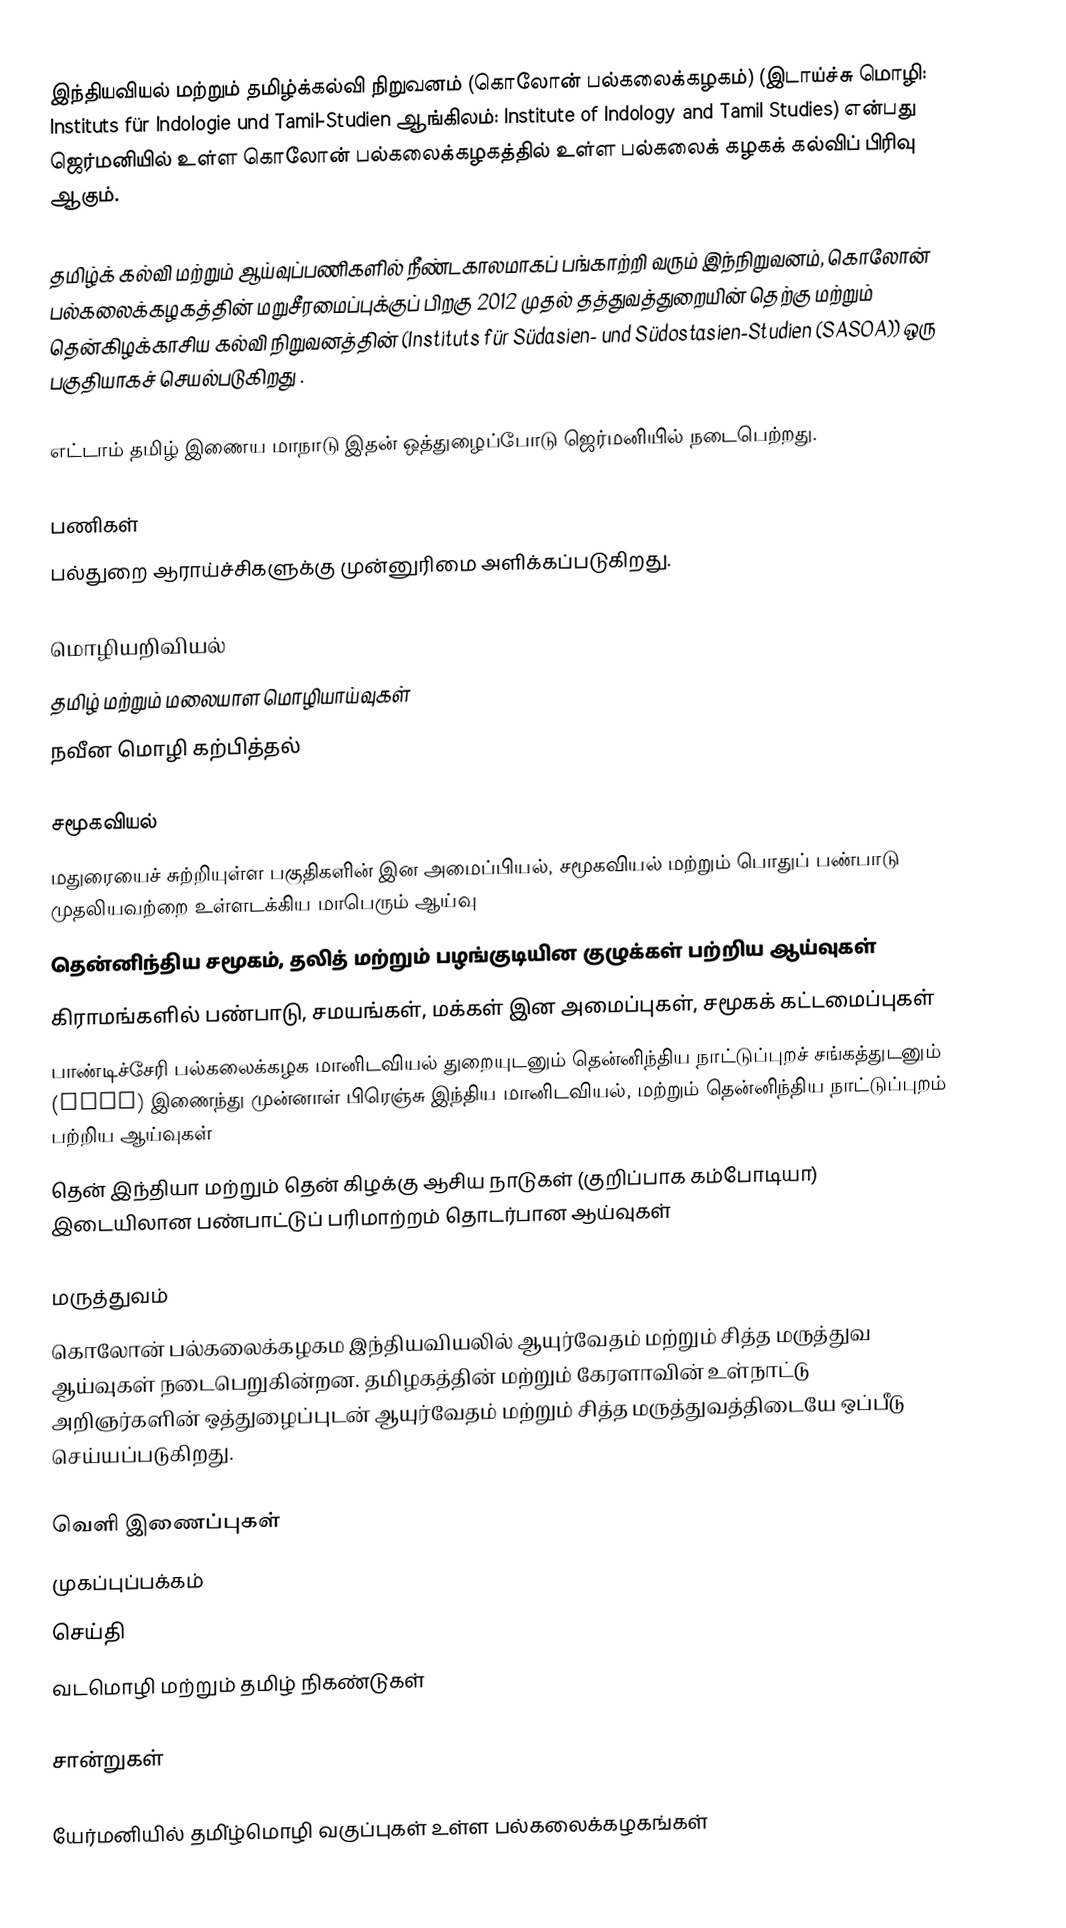
இந்தியவியல் மற்றும் தமிழ்க்கல்வி நிறுவனம் (கொலோன் பல்கலைக்கழகம்) (இடாய்ச்சு மொழி: Instituts für Indologie und Tamil-Studien ஆங்கிலம்: Institute of Indology and Tamil Studies) என்பது ஜெர்மனியில் உள்ள கொலோன் பல்கலைக்கழகத்தில் உள்ள பல்கலைக் கழகக் கல்விப் பிரிவு ஆகும்.

தமிழ்க் கல்வி மற்றும் ஆய்வுப்பணிகளில் நீண்டகாலமாகப் பங்காற்றி வரும் இந்நிறுவனம், கொலோன் பல்கலைக்கழகத்தின் மறுசீரமைப்புக்குப் பிறகு 2012 முதல் தத்துவத்துறையின் தெற்கு மற்றும் தென்கிழக்காசிய கல்வி நிறுவனத்தின் (Instituts für Südasien- und Südostasien-Studien (SASOA)) ஒரு பகுதியாகச் செயல்படுகிறது .

எட்டாம் தமிழ் இணைய மாநாடு இதன் ஒத்துழைப்போடு ஜெர்மனியில் நடைபெற்றது.

பணிகள்
பல்துறை ஆராய்ச்சிகளுக்கு முன்னுரிமை அளிக்கப்படுகிறது.

மொழியறிவியல்
தமிழ் மற்றும் மலையாள மொழியாய்வுகள்
நவீன மொழி கற்பித்தல்

சமூகவியல்
 மதுரையைச் சுற்றியுள்ள பகுதிகளின் இன அமைப்பியல், சமூகவியல் மற்றும் பொதுப் பண்பாடு முதலியவற்றை உள்ளடக்கிய மாபெரும் ஆய்வு
 தென்னிந்திய சமூகம், தலித் மற்றும் பழங்குடியின குழுக்கள் பற்றிய ஆய்வுகள்
 கிராமங்களில் பண்பாடு, சமயங்கள், மக்கள் இன அமைப்புகள், சமூகக் கட்டமைப்புகள்
 பாண்டிச்சேரி பல்கலைக்கழக மானிடவியல் துறையுடனும் தென்னிந்திய நாட்டுப்புறச் சங்கத்துடனும் (SIFS) இணைந்து முன்னாள் பிரெஞ்சு இந்திய மானிடவியல், மற்றும் தென்னிந்திய நாட்டுப்புறம் பற்றிய ஆய்வுகள்
 தென் இந்தியா மற்றும் தென் கிழக்கு ஆசிய நாடுகள் (குறிப்பாக கம்போடியா) இடையிலான பண்பாட்டுப் பரிமாற்றம் தொடர்பான ஆய்வுகள்

மருத்துவம்
கொலோன் பல்கலைக்கழகம இந்தியவியலில் ஆயுர்வேதம் மற்றும் சித்த மருத்துவ ஆய்வுகள் நடைபெறுகின்றன. தமிழகத்தின் மற்றும் கேரளாவின் உள்நாட்டு அறிஞர்களின் ஒத்துழைப்புடன் ஆயுர்வேதம் மற்றும் சித்த மருத்துவத்திடையே ஒப்பீடு செய்யப்படுகிறது.

வெளி இணைப்புகள்
முகப்புப்பக்கம்
செய்தி
வடமொழி மற்றும் தமிழ் நிகண்டுகள்

சான்றுகள்

யேர்மனியில் தமி்ழ்மொழி வகுப்புகள் உள்ள பல்கலைக்கழகங்கள்